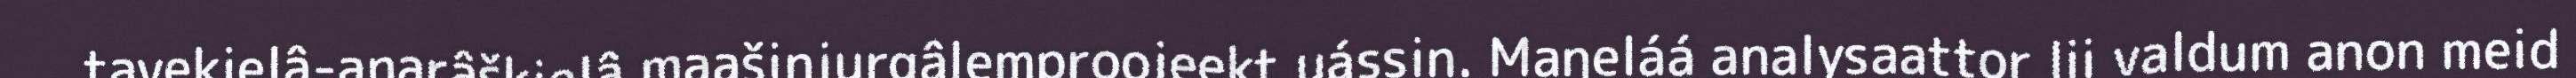
tavekielâ-anarâškielâ maašinjurgâlemproojeekt uássin. Maŋeláá analysaattor lii valdum anon meid